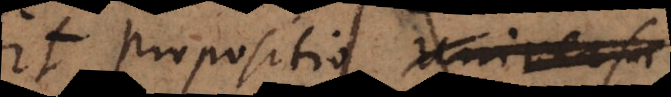
Sit propositio universa